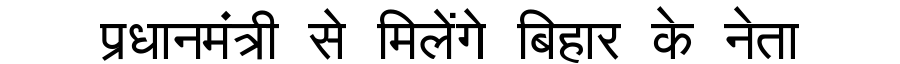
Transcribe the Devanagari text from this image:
प्रधानमंत्री से मिलेंगे बिहार के नेता